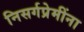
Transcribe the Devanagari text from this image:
निसर्गप्रेमींना